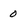
Character: 0